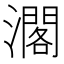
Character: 𤁐